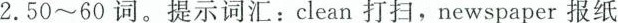
2.50~60词。提示词汇：clean打扫，newspaper报纸